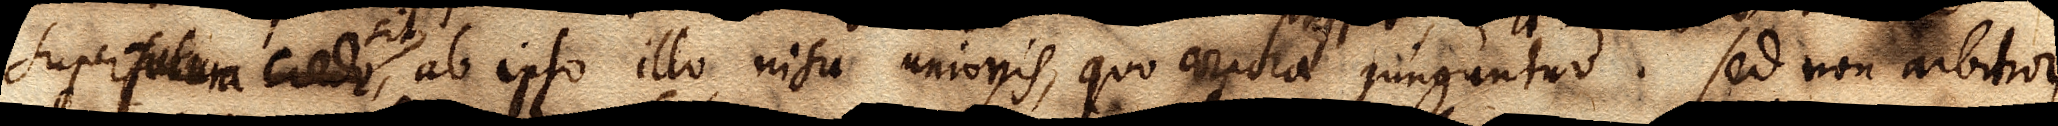
superfutura eadem, ab ipso illo nisu unionis, quo corpora jungantur. Sed non arbitror,